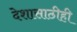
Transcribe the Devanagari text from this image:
देशासाठीही